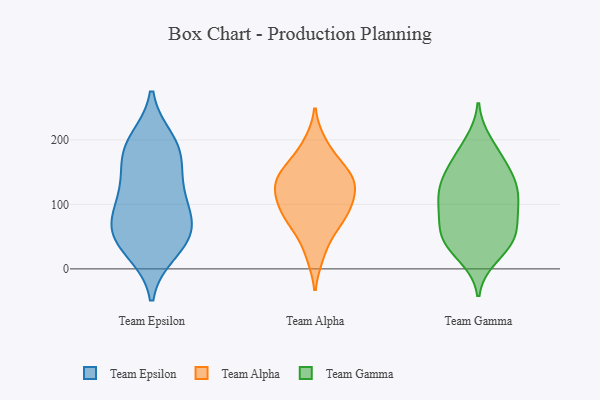
{"axis": {"x": "Energy Usage (MWh)", "y": "Value"}, "legend": ["Team Alpha", "Team Epsilon", "Team Gamma"], "data": [{"x": "", "y": 105, "type": "Team Epsilon"}, {"x": "", "y": 64, "type": "Team Epsilon"}, {"x": "", "y": 126, "type": "Team Epsilon"}, {"x": "", "y": 189, "type": "Team Epsilon"}, {"x": "", "y": 28, "type": "Team Epsilon"}, {"x": "", "y": 53, "type": "Team Epsilon"}, {"x": "", "y": 178, "type": "Team Epsilon"}, {"x": "", "y": 119, "type": "Team Epsilon"}, {"x": "", "y": 36, "type": "Team Epsilon"}, {"x": "", "y": 198, "type": "Team Epsilon"}, {"x": "", "y": 173, "type": "Team Epsilon"}, {"x": "", "y": 64, "type": "Team Epsilon"}, {"x": "", "y": 71, "type": "Team Epsilon"}, {"x": "", "y": 136, "type": "Team Alpha"}, {"x": "", "y": 139, "type": "Team Alpha"}, {"x": "", "y": 148, "type": "Team Alpha"}, {"x": "", "y": 89, "type": "Team Alpha"}, {"x": "", "y": 69, "type": "Team Alpha"}, {"x": "", "y": 63, "type": "Team Alpha"}, {"x": "", "y": 138, "type": "Team Alpha"}, {"x": "", "y": 21, "type": "Team Alpha"}, {"x": "", "y": 115, "type": "Team Alpha"}, {"x": "", "y": 96, "type": "Team Alpha"}, {"x": "", "y": 105, "type": "Team Alpha"}, {"x": "", "y": 168, "type": "Team Alpha"}, {"x": "", "y": 195, "type": "Team Alpha"}, {"x": "", "y": 48, "type": "Team Gamma"}, {"x": "", "y": 50, "type": "Team Gamma"}, {"x": "", "y": 37, "type": "Team Gamma"}, {"x": "", "y": 105, "type": "Team Gamma"}, {"x": "", "y": 143, "type": "Team Gamma"}, {"x": "", "y": 31, "type": "Team Gamma"}, {"x": "", "y": 53, "type": "Team Gamma"}, {"x": "", "y": 180, "type": "Team Gamma"}, {"x": "", "y": 76, "type": "Team Gamma"}, {"x": "", "y": 96, "type": "Team Gamma"}, {"x": "", "y": 131, "type": "Team Gamma"}, {"x": "", "y": 170, "type": "Team Gamma"}, {"x": "", "y": 95, "type": "Team Gamma"}, {"x": "", "y": 196, "type": "Team Gamma"}, {"x": "", "y": 106, "type": "Team Gamma"}, {"x": "", "y": 65, "type": "Team Gamma"}, {"x": "", "y": 150, "type": "Team Gamma"}, {"x": "", "y": 133, "type": "Team Gamma"}, {"x": "", "y": 19, "type": "Team Gamma"}, {"x": "", "y": 125, "type": "Team Gamma"}]}